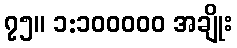
၇၅။ ၁:၁၀၀၀၀၀ အချိုး